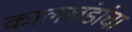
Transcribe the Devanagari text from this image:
कालखंडांचा